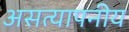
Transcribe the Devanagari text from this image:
असत्यापनीय